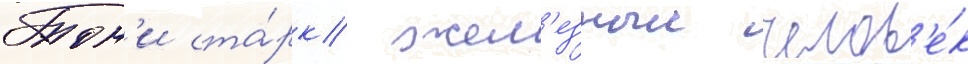
Тон'и ста́рк/ жел'езныи челов'е́к